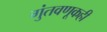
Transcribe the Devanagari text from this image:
गुंतवणूकही